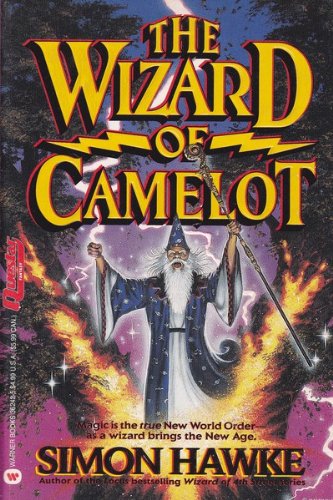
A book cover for The Wizard of Camelot (Questar Fantasy); Simon Hawke; Science Fiction & Fantasy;